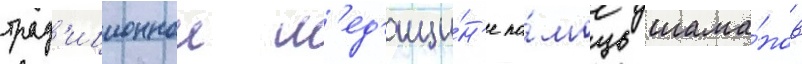
трад'иционнои м'ед'ици́н'е по́мощь шама́нов